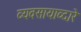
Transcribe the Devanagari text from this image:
व्यवसायाव्दारे